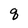
Character: q